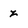
Character: z